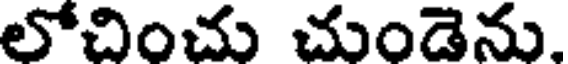
లోచించు చుండెను.